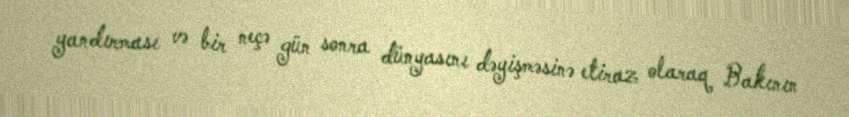
yandırması və bir neçə gün sonra dünyasını dəyişməsinə etiraz olaraq Bakının